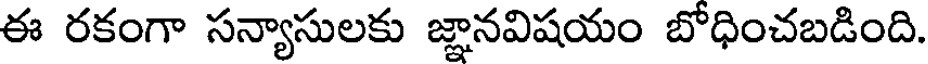
ఈ రకంగా సన్యాసులకు జ్ఞానవిషయం బోధించబడింది.